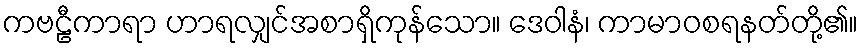
ကဗဠီကာရာ ဟာရလျှင်အစာရှိကုန်သော။ ဒေဝါနံ၊ ကာမာဝစရနတ်တို့၏။